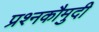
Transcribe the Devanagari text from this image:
प्रश्नकौमुदी